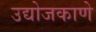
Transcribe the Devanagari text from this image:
उद्योजकाणे